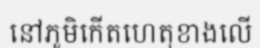
នៅភូមិកើតហេតុខាងលើ